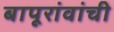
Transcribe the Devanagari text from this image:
बापूरांवांची